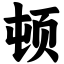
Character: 顿